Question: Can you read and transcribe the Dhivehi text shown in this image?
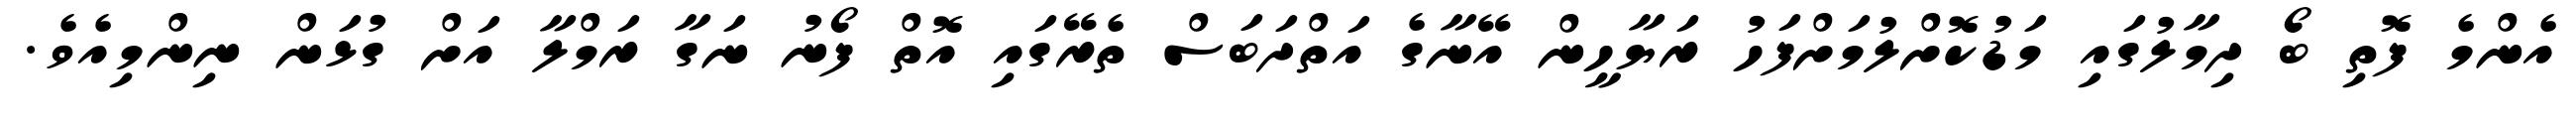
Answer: އެންމެ ފޮތި ބޯ ދިމާލުގައި މަޑުކޮށްލުމަށްފަހު ރަޔާހީން އޭނާގެ އަތްދަބަސް ތެރޭގައި އޮތް ފޯނު ނަގާ ރަމްލާ އަށް ގުޅަން ނިންމިއެވެ.